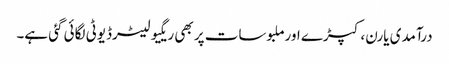
درآمدی یارن، کپڑے اورملبوسات پر بھی ریگیولیٹرڈیوٹی لگائی گئی ہے۔